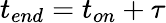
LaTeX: t_{end}=t_{on}+\tau